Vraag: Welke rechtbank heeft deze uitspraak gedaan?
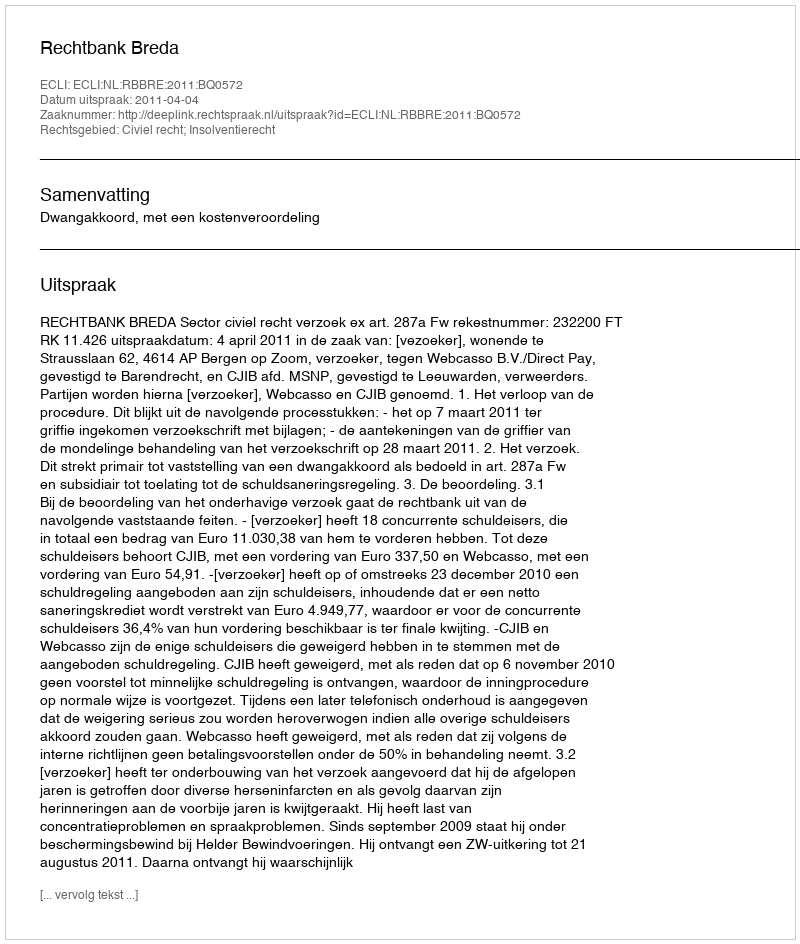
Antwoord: Rechtbank Breda